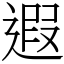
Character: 遐